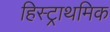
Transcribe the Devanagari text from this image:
हिस्ट्राथमिक